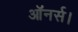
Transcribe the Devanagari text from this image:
ऑनर्स।